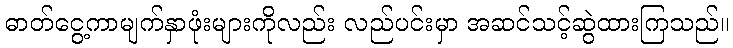
ဓာတ်ငွေ့ကာမျက်နှာဖုံးများကိုလည်း လည်ပင်းမှာ အဆင်သင့်ဆွဲထားကြသည်။